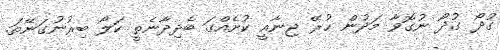
ގުދޯ ގުދޯ ނުގޮވާ މަދުން ހުރޭ ޖިނާއީ ކުށެއްގަ ބެދިދާނެތީ ކަލޯ ބިރުނުގަނޭތަ.